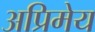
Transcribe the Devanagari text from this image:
अप्रिमेय